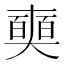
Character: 𠁗